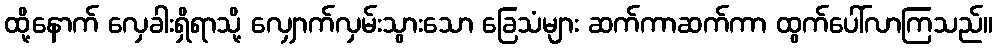
ထို့နောက် လှေခါးရှိရာသို့ လျှောက်လှမ်းသွားသော ခြေသံများ ဆက်ကာဆက်ကာ ထွက်ပေါ်လာကြသည်။